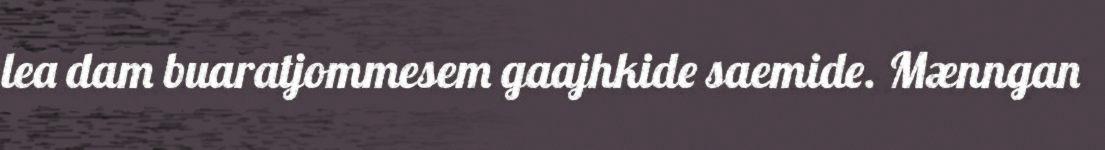
lea dam buaratjommesem gaajhkide saemide. Mænngan